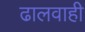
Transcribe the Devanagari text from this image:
ढालवाही